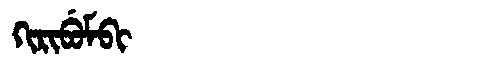
Manchu: ᡴᡳᡵᡳᠪᡠᠮᠪᡳ
Romanization: KIRIBUMBI